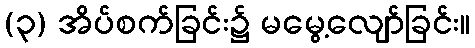
(၃) အိပ်စက်ခြင်း၌ မမွေ့လျော်ခြင်း။